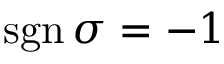
\operatorname { s g n } \sigma = - 1